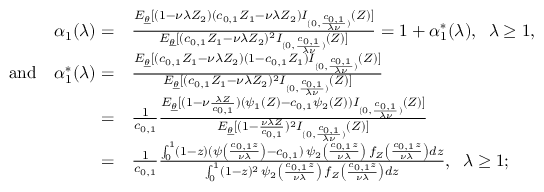
\begin{array} { r l } { \alpha _ { 1 } ( \lambda ) = } & { \frac { E _ { \underline { { \theta } } } [ ( 1 - \nu \lambda Z _ { 2 } ) ( c _ { 0 , 1 } Z _ { 1 } - \nu \lambda Z _ { 2 } ) I _ { ( 0 , \frac { c _ { 0 , 1 } } { \lambda \nu } ) } ( Z ) ] } { E _ { \underline { { \theta } } } [ ( c _ { 0 , 1 } Z _ { 1 } - \nu \lambda Z _ { 2 } ) ^ { 2 } I _ { ( 0 , \frac { c _ { 0 , 1 } } { \lambda \nu } ) } ( Z ) ] } = 1 + \alpha _ { 1 } ^ { * } ( \lambda ) , \; \; \lambda \geq 1 , } \\ { \mathrm { a n d } \quad \alpha _ { 1 } ^ { * } ( \lambda ) = } & { \frac { E _ { \underline { { \theta } } } [ ( c _ { 0 , 1 } Z _ { 1 } - \nu \lambda Z _ { 2 } ) ( 1 - c _ { 0 , 1 } Z _ { 1 } ) I _ { ( 0 , \frac { c _ { 0 , 1 } } { \lambda \nu } ) } ( Z ) ] } { E _ { \underline { { \theta } } } [ ( c _ { 0 , 1 } Z _ { 1 } - \nu \lambda Z _ { 2 } ) ^ { 2 } I _ { ( 0 , \frac { c _ { 0 , 1 } } { \lambda \nu } ) } ( Z ) ] } } \\ { = } & { \frac { 1 } { c _ { 0 , 1 } } \frac { E _ { \underline { { \theta } } } [ ( 1 - \nu \frac { \lambda Z } { c _ { 0 , 1 } } ) ( \psi _ { 1 } ( Z ) - c _ { 0 , 1 } \psi _ { 2 } ( Z ) ) I _ { ( 0 , \frac { c _ { 0 , 1 } } { \lambda \nu } ) } ( Z ) ] } { E _ { \underline { { \theta } } } [ ( 1 - \frac { \nu \lambda Z } { c _ { 0 , 1 } } ) ^ { 2 } I _ { ( 0 , \frac { c _ { 0 , 1 } } { \lambda \nu } ) } ( Z ) ] } } \\ { = } & { \frac { 1 } { c _ { 0 , 1 } } \frac { \int _ { 0 } ^ { 1 } ( 1 - z ) ( \psi \left( \frac { c _ { 0 , 1 } z } { \nu \lambda } \right) - c _ { 0 , 1 } ) \, \psi _ { 2 } \left( \frac { c _ { 0 , 1 } z } { \nu \lambda } \right) \, f _ { Z } \left( \frac { c _ { 0 , 1 } z } { \nu \lambda } \right) d z } { \int _ { 0 } ^ { 1 } ( 1 - z ) ^ { 2 } \, \psi _ { 2 } \left( \frac { c _ { 0 , 1 } z } { \nu \lambda } \right) \, f _ { Z } \left( \frac { c _ { 0 , 1 } z } { \nu \lambda } \right) d z } , \; \; \lambda \geq 1 ; } \end{array}